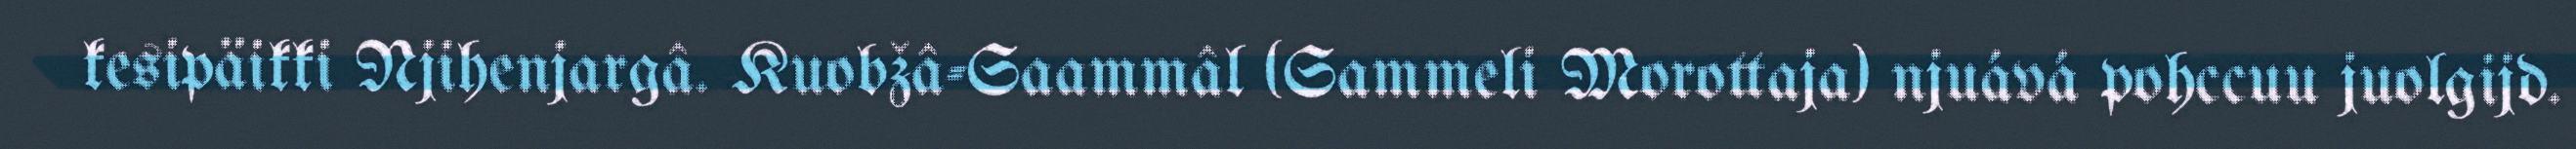
kesipäikki Njihenjargâ. Kuobžâ-Saammâl (Sammeli Morottaja) njuává pohccuu juolgijd.